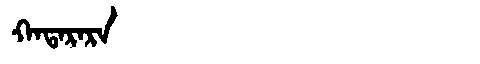
Manchu: ᡴᠠᡨᠠᡵᠠᡵᠠ
Romanization: KATARARA